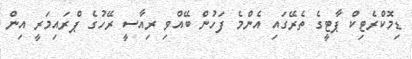
ޑިމޮކްރެޓިކް ޕާޓީގެ ތެރޭގައި އެންމެ ފަހުން ބޭއްވި ރިއާސީ ރޭހުގެ ޕްރައިމަރީ އިން